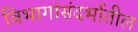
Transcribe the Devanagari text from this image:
विभागांसंदर्भातील